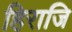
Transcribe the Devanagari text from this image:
हिराजि